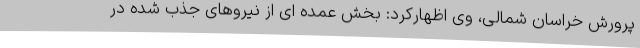
پرورش خراسان شمالی، وی اظهارکرد: بخش عمده ای از نیروهای جذب شده در